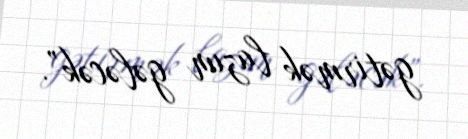
gətirmək lazım gələcək”.